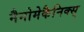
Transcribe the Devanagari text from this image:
नैनोमेकैनिक्स्